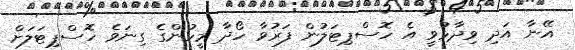
އޭނާ އަދި ވިދާޅުވީ އެ ހޮސްޕިޓަލުން ފަރުވާ ހޯދާ މީހުންގެ ގިނަވެ ހޮސްޕިޓަލަށް